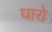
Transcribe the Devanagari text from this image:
घारो